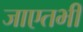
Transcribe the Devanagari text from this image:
जाएतभी